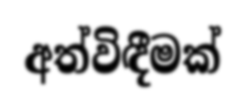
අත්විඳීමක්